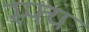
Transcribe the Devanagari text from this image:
स्फ्य